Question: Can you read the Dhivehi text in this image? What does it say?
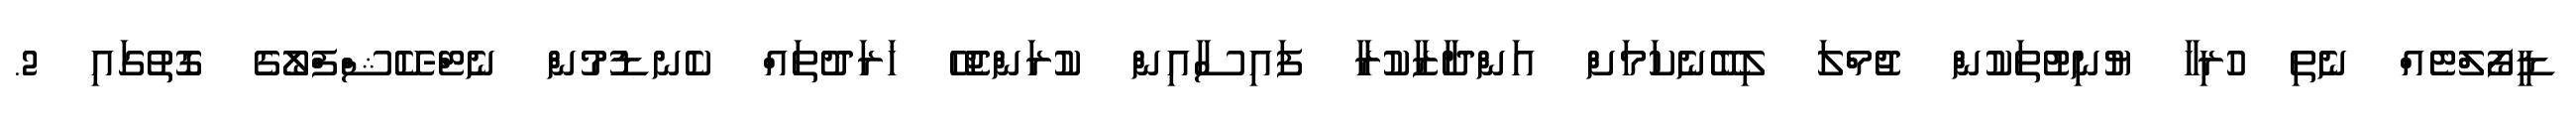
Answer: ޑީފޯލްޓެއް ނެތި ހުރިހާ ޔުނިޓުތަކުން ޖުމްލަ ލިބޭނެކަމަށް އަންދާޒާކުރާ ފައިސާއިން ކުރަންޖެހޭ ޚަރަދުތައް ކެނޑުމުން ނެޓް-ކޭޝްފްލޯގެ ގޮތުގައި 2.